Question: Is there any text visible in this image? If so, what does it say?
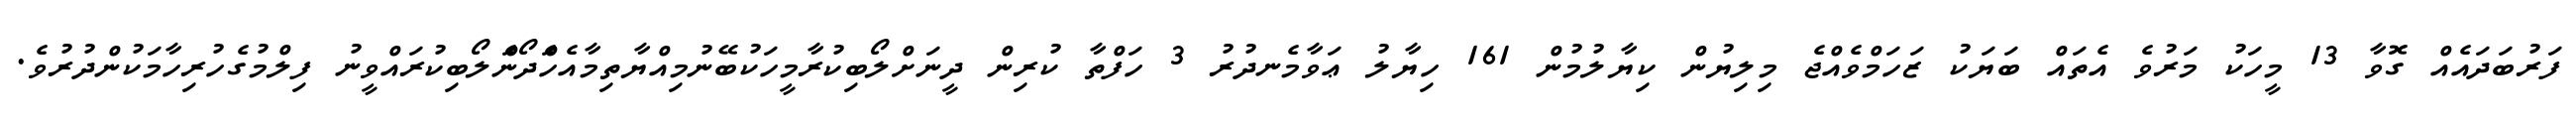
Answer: ފަރުބަދައެއް ގޮވާ 13 މީހަކު މަރުވެ އެތައް ބަޔަކު ޒަހަމްވެއްޖެ މިލިޔުން ކިޔާލުމުން 161 ހިޔާލު ޢަވާމެނދުރު 3 ހަފްތާ ކުރިން ދީނަށްލޯބިކުރާމީހަކުބޭނުމިއްޔާތިމާއެހަެްދޯނަެްލޯބިކުރައްވީނު ފިލްމުގެހުރިހާމަކުންދުރުވެ.